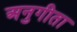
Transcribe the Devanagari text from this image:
अनुगीता